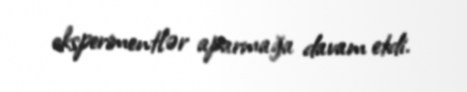
eksperimentlər aparmağa davam etdi.